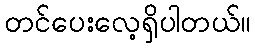
တင်ပေးလေ့ရှိပါတယ်။